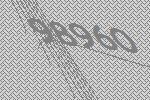
98960